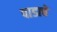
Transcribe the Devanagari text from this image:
पाडाचे